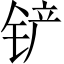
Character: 铲